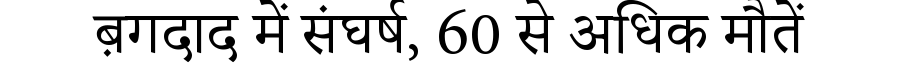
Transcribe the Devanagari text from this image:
ब़गदाद में संघर्ष, 60 से अधिक मौतें